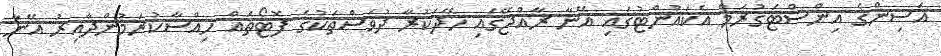
އަސިންގެ އިންސްޓަގުރަމް އެކައުންޓުގައި އޭނާ ރާއްޖޭގައި ހޭދަކުރާ ދުވަސްތަކުގެ ފޮޓޯތައް ހިއްސާކުރަމުންދާއިރު އޭނާ